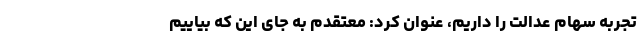
تجربه سهام عدالت را داریم، عنوان کرد: معتقدم به جای این که بیاییم